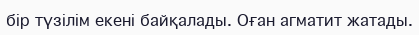
бір түзілім екені байқалады. Оған агматит жатады.